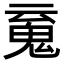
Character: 䰟